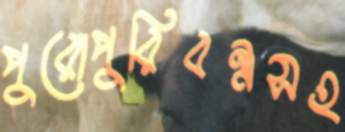
পুরোপুরিবন্ধসহ